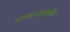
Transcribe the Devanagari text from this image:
माअससादेकीन